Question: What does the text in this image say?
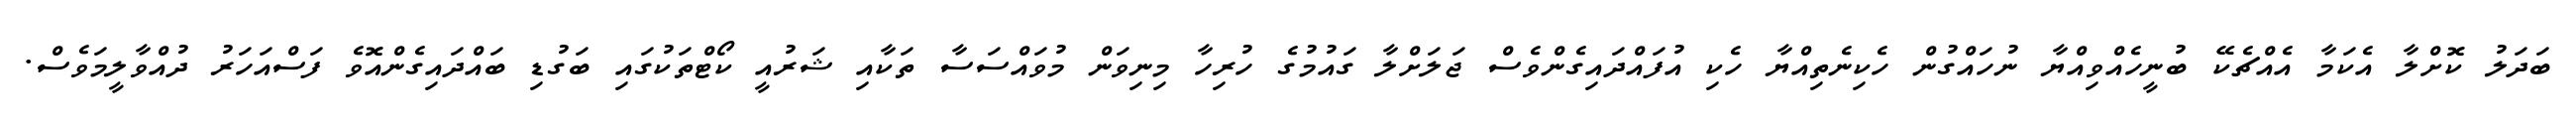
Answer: ބަދަލު ކޮށްލާ އެކަމާ އެއްޗެކޭ ބުނީހެއްވިއްޔާ ނުހައްގުން ހެކިނެތިއްޔާ ހެކި އުފައްދައިގެންވެސް ޖަލަށްލާ ގައުމުގެ ހުރިހާ މިނިވަން މުވައްސަސާ ތަކާއި ޝަރުއީ ކޯޓްތަކުގައި ބަގުޑި ބައްދައިގެންއޮވެ ފަސްއަހަރު ދުއްވާލީމަވެސް.